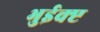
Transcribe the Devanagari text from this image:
भुईक्प्ट